Document type: Recognition
Year: 1250
Scribe: Pere Marquès
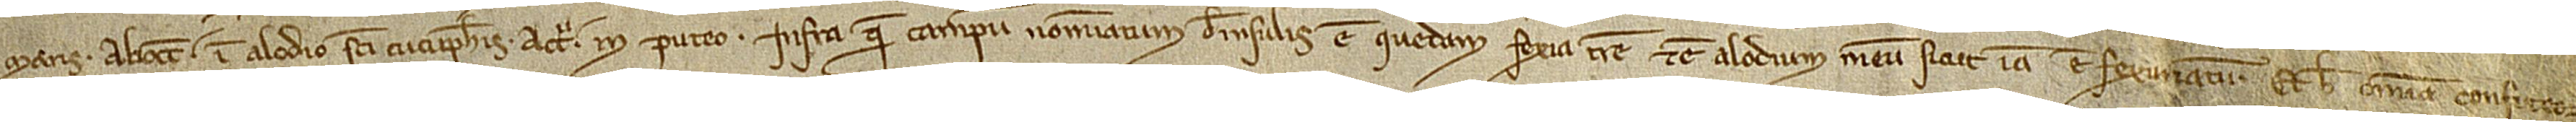
maris; ab occidente in alodio Sancti Cucuphatis; a circio in puteo. Infra quem campum nominatum de Insulis est quedam fexia terre, et est alodium meum, sicut iam est fexuriatum. Et hec omnia confiteor